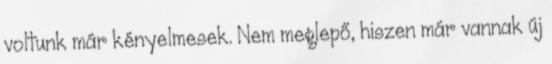
voltunk már kényelmesek. Nem meglepő, hiszen már vannak új